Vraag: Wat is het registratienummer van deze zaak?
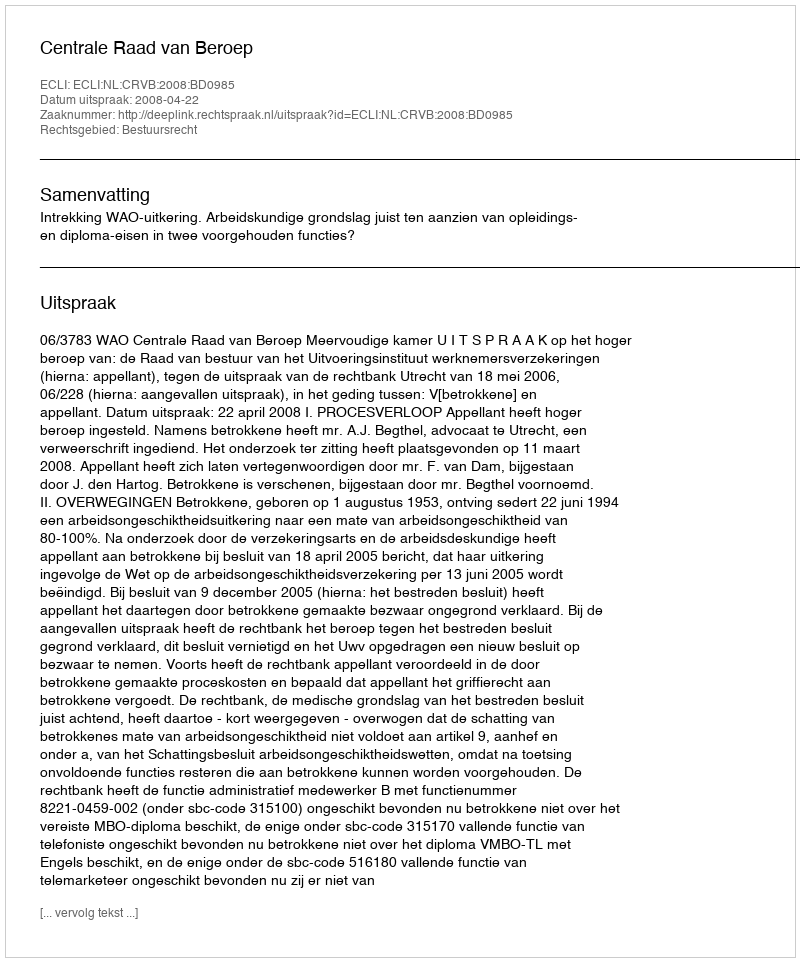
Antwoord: http://deeplink.rechtspraak.nl/uitspraak?id=ECLI:NL:CRVB:2008:BD0985